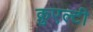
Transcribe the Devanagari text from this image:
क्रुएल्टी